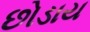
છોડાય